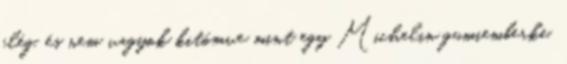
elég, és nem vagyok kitömve mint egy Michelin gumiemberke.